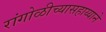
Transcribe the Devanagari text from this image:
रांगोळीच्यासहाय्याने